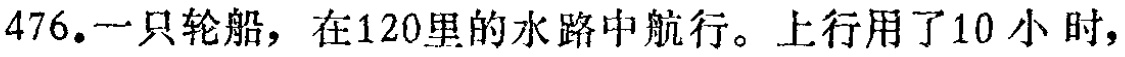
476.一只轮船，在120里的水路中航行。上行用了10 小时，